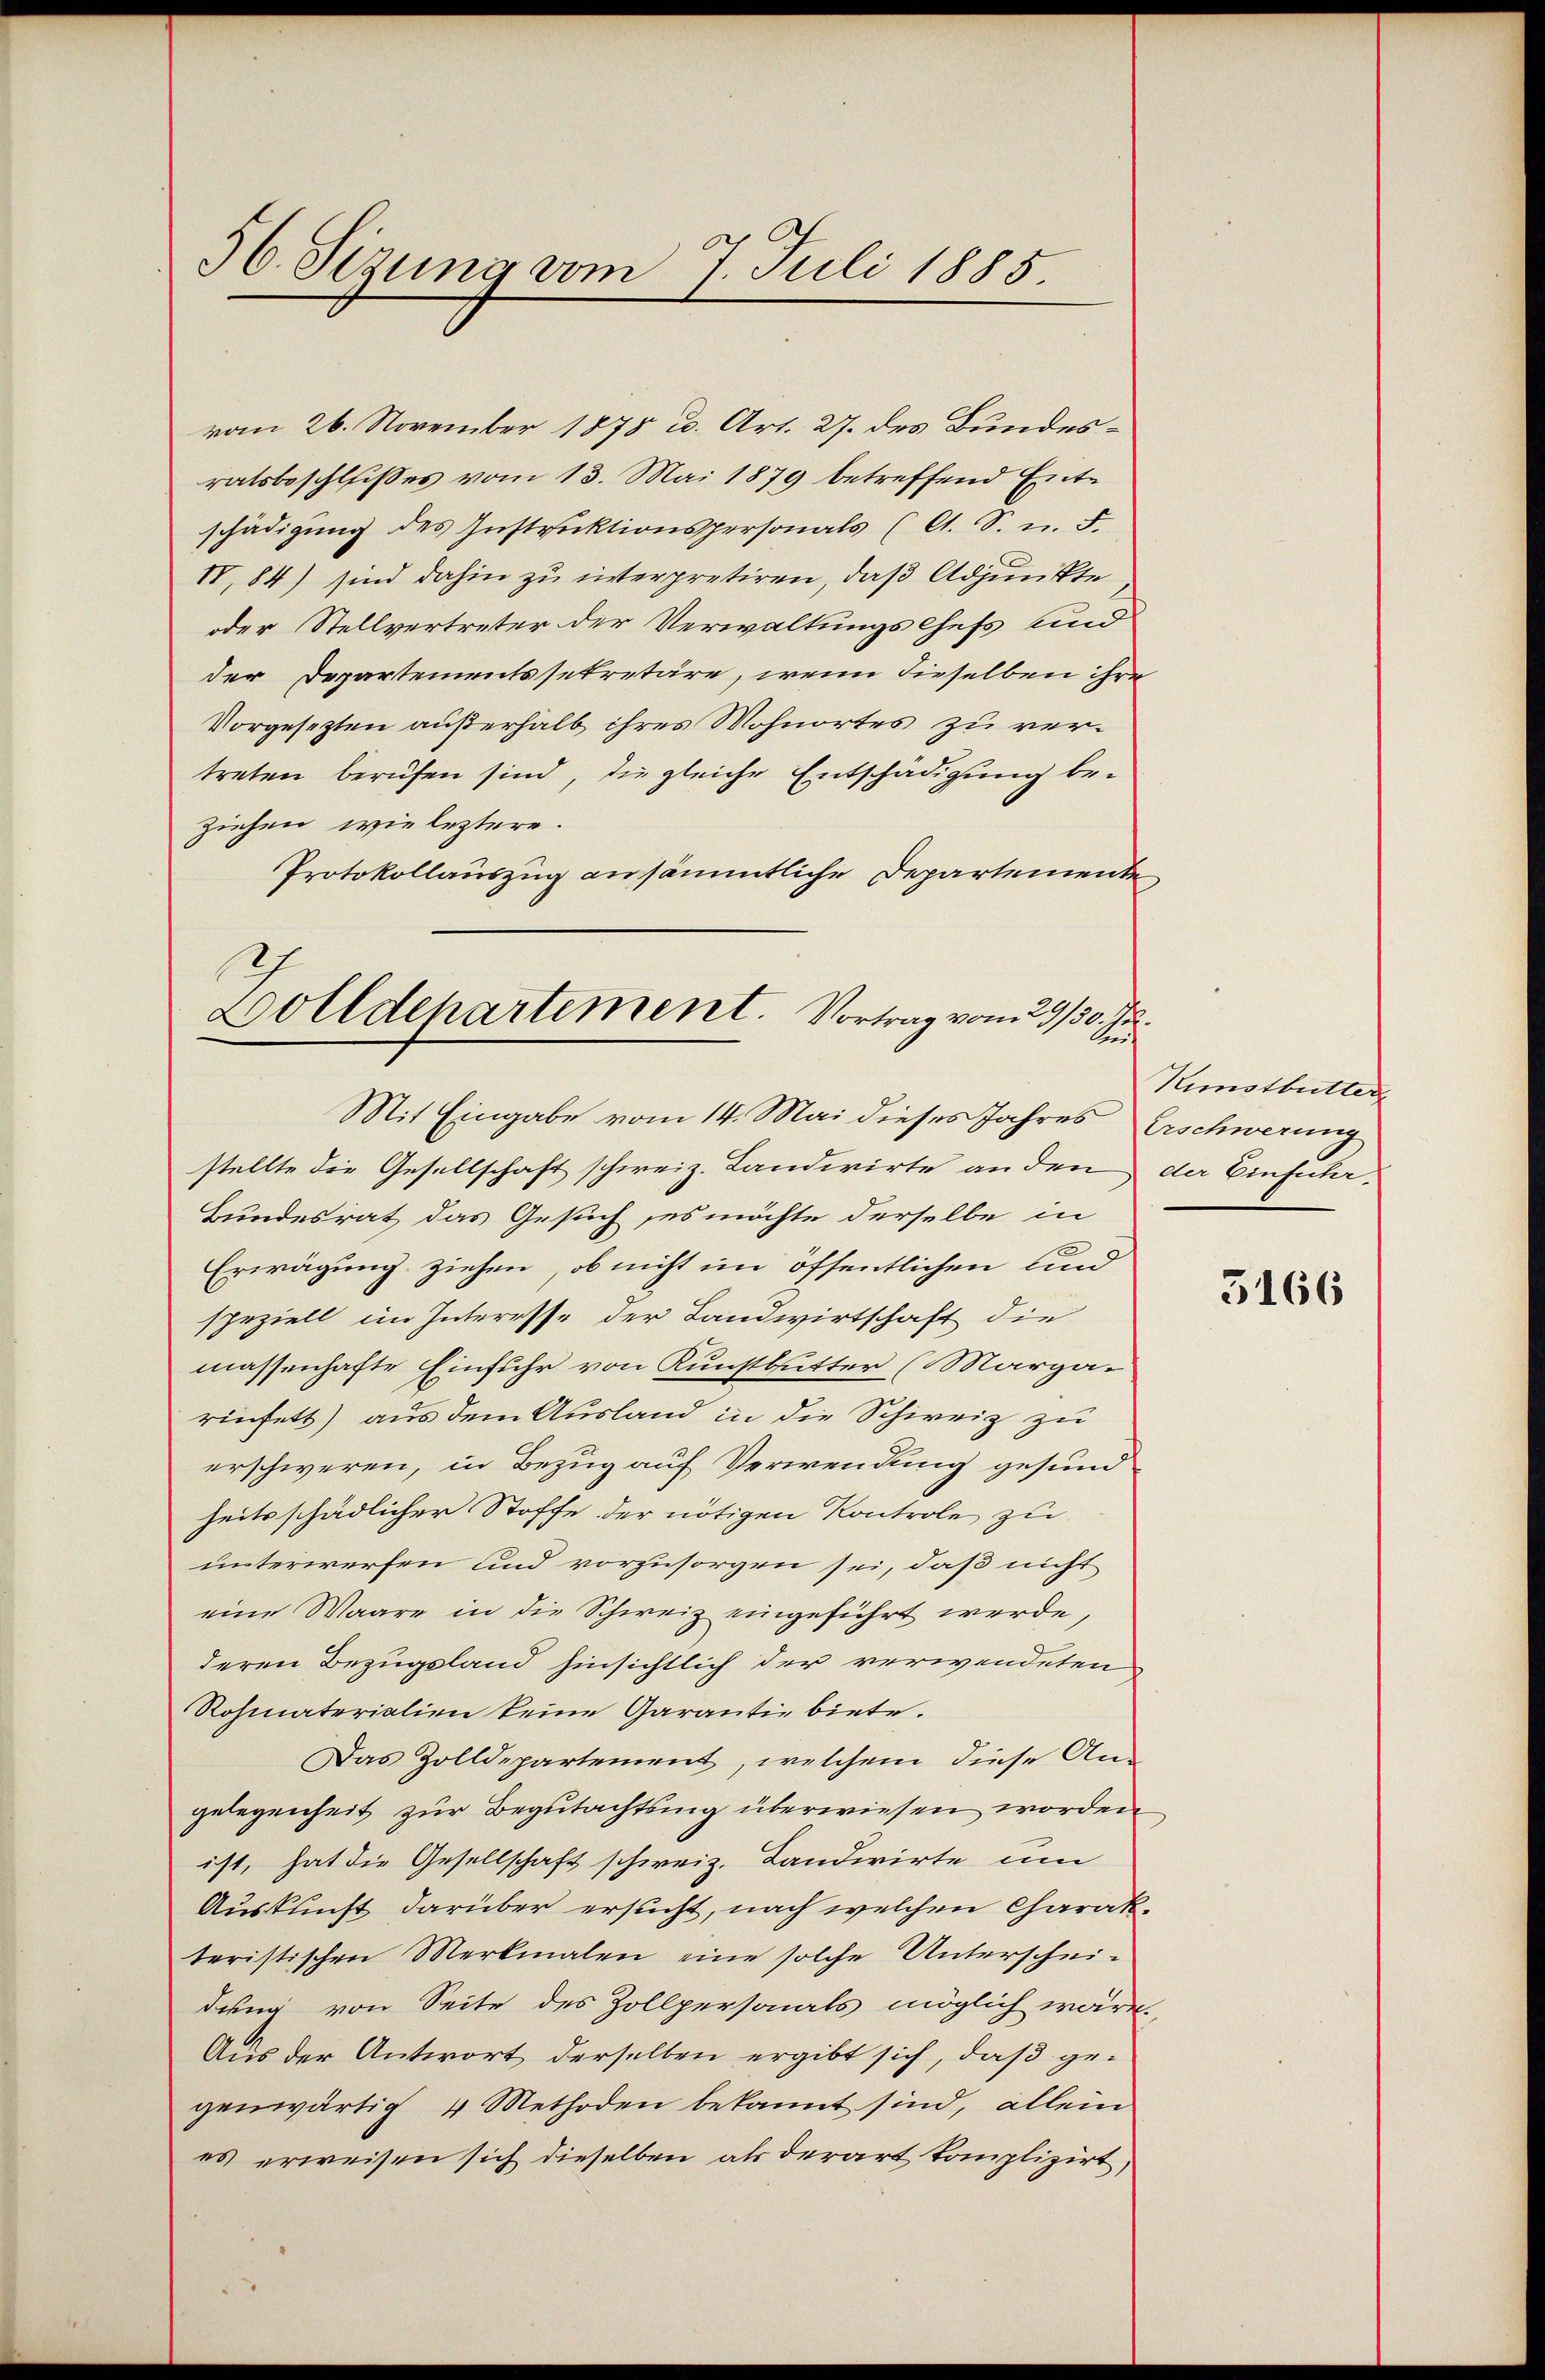
56. Sizung vom 7. Juli 1885.

vom 26. November 1878 u. Art. 27. des Bundesratsbeschlißes vom 13. Mai 1879 betreffend Entschädigŭng des Instruktionspersonals (lt. S. u. F.
IV, 84) sind dahin zu interpretiren, daß Adjunkte
oder Stellvertreter der Verwaltungschefs und
der Departementssekretäre, wenn dieselben ihre
Vorgesezten außerhalb ihres Wohnortes zu vertreten berufen sind, die gleiche Entschädigung beziehen wie leztere.
Protokollauszug ansämmtliche Departemente
Dolldepartement. Vortrag vom 29./30. 12.
Aeh

Mit Eingabe vom 14. Mai dieses Jahres Erschwerung

stellte die Gesellschaft schweiz. Landwirte an den der Einfuhr-
Bundesrat das Gesuch, es möchte derselbe in
Erwägung ziehen, ob nicht im öffentlichen und
speziell im Interesse der Landwirtschaft die
massenhafte Einfuhr von Kunstbutter (Margarinfett) aus dem Ausland in die Schweiz zu
erschweren, in Bezug auf Verwendung gesundseitsschädlicher Stoffe der nötigen Kontrole zu
unterwerfen und vorzusorgen sei, daß nicht
eine Waare in die Schweiz eingeführt werde,
deren Bezugsland hinsichtlich der verwendeten
Rohmaterialien keine Garantie biete.
Das Zolldepartement, welchem diese An-
gelegenheit zur Begutachtung überwiesen worden
ist, hat die Gesellschaft schweiz. Landwirte um
Auskunft darüber ersucht, nach welchen Charakteristischen Merkmalen eine solche Unterschei-
dung von Seite des Zollpersonals möglich wäre.
Aus der Antwort derselben ergibt sich, daß gegenwärtig 4 Methoden bekannt sind, allein
es erweisen sich dieselben als derart kompliziert,

Kunstbutter

3166